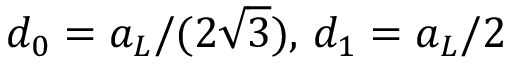
d _ { 0 } = a _ { L } / ( 2 \sqrt { 3 } ) , \, d _ { 1 } = a _ { L } / 2